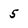
Character: 5